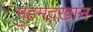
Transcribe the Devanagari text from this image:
मुहमंदखान